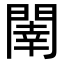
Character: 𨵉